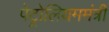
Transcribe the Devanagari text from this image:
पेट्रोलियममंत्री